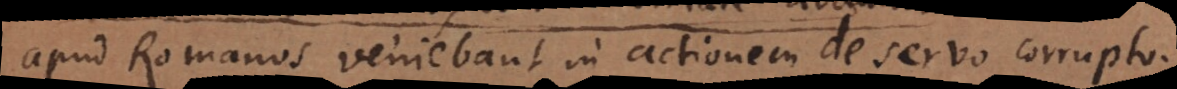
apud Romanos veniebant in actionem de servo corrupto.